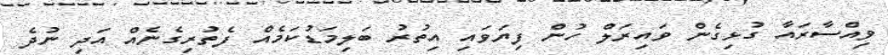
ވިއްސާރައާ ގުޅިގެން ވައިރަލް ހުން ފިޔަވައި އިތުރު ބަލިމަޑުކަމެއް ފެތުރިގެނެއް އަދި ނުދެ